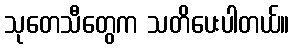
သုတေသီတွေက သတိပေးပါတယ်။